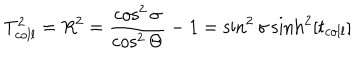
T _ { c o l l } ^ { 2 } = R ^ { 2 } = \frac { \cos ^ { 2 } \sigma } { \cos ^ { 2 } \Theta } - 1 = \sin ^ { 2 } \sigma \sinh ^ { 2 } [ t _ { c o l l } ]